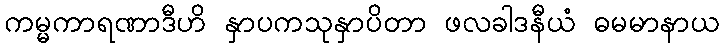
ကမ္မကာရဏာဒီဟိ နှာပကသုနှာပိတာ ဖလခါဒနီယံ ဓမမာနာယ